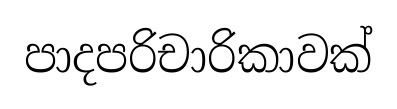
පාදපරිචාරිකාවක්